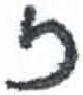
אות: ז